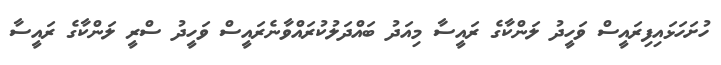
ހުށަހަޅައިފިރައީސް ވަހީދު ލަންކާގެ ރައީސާ މިއަދު ބައްދަލުކުރައްވާނެރައީސް ވަހީދު ސްރީ ލަންކާގެ ރައީސާ